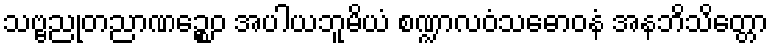
သဗ္ဗညုတညာဏဉ္စေဝ အပါယဘူမိယံ စဏ္ဍာလဝံသဓောဝနံ အနဘိသိတ္တော